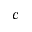
c